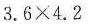
3.6×4.2